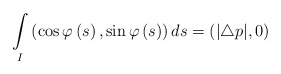
\begin{align*}\underset{I}{\int }\left(\cos \varphi \left( s\right) ,\sin \varphi \left(s\right) \right)ds=(|\triangle p|,0)\end{align*}